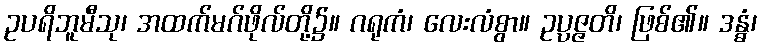
ဥပရိဘူမီသု၊ အထက်မဂ်ဖိုလ်တို့၌။ ဂရုကံ၊ လေးလံစွာ။ ဥပ္ပဇ္ဇတိ၊ ဖြစ်၏။ ဒန္ဓံ၊